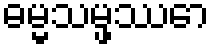
ဓမ္မသမ္ဖဿော